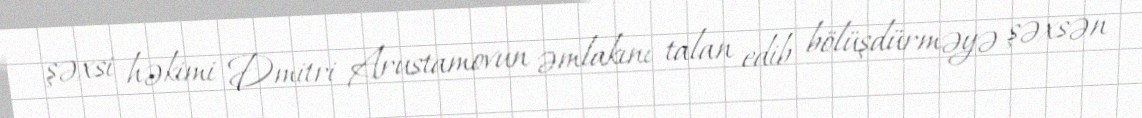
şəxsi həkimi Dmitri Arustamovun əmlakını talan edib bölüşdürməyə şəxsən